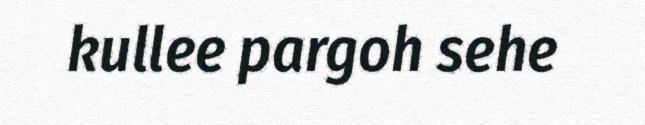
kullee pargoh sehe